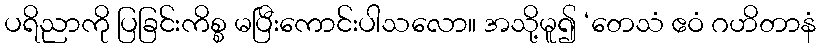
ပရိညာကို ပြခြင်းကိစ္စ မပြီးကောင်းပါသလော။ အသို့မူ၍ ‘တေသံ ဧဝံ ဂဟိတာနံ